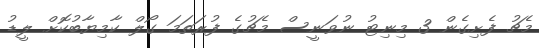
މެޗު ފެށިގެން 3 މިނިޓު ނުވަނީސް މެޗުގެ ފުރަތަމަ ގޯލް ކާމިޔާބުކޮށް ލީޑު